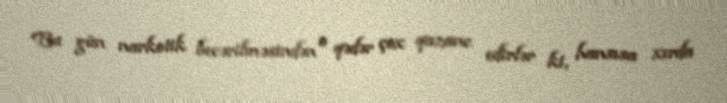
Bu gün narkotik becərilməsindən o qədər çox qazanc edirlər ki, hansısa xırda